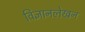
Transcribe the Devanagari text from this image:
विज्ञानलेखन